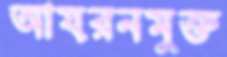
আয়রনমুক্ত